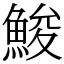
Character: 鮻